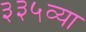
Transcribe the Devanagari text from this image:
३३५व्या